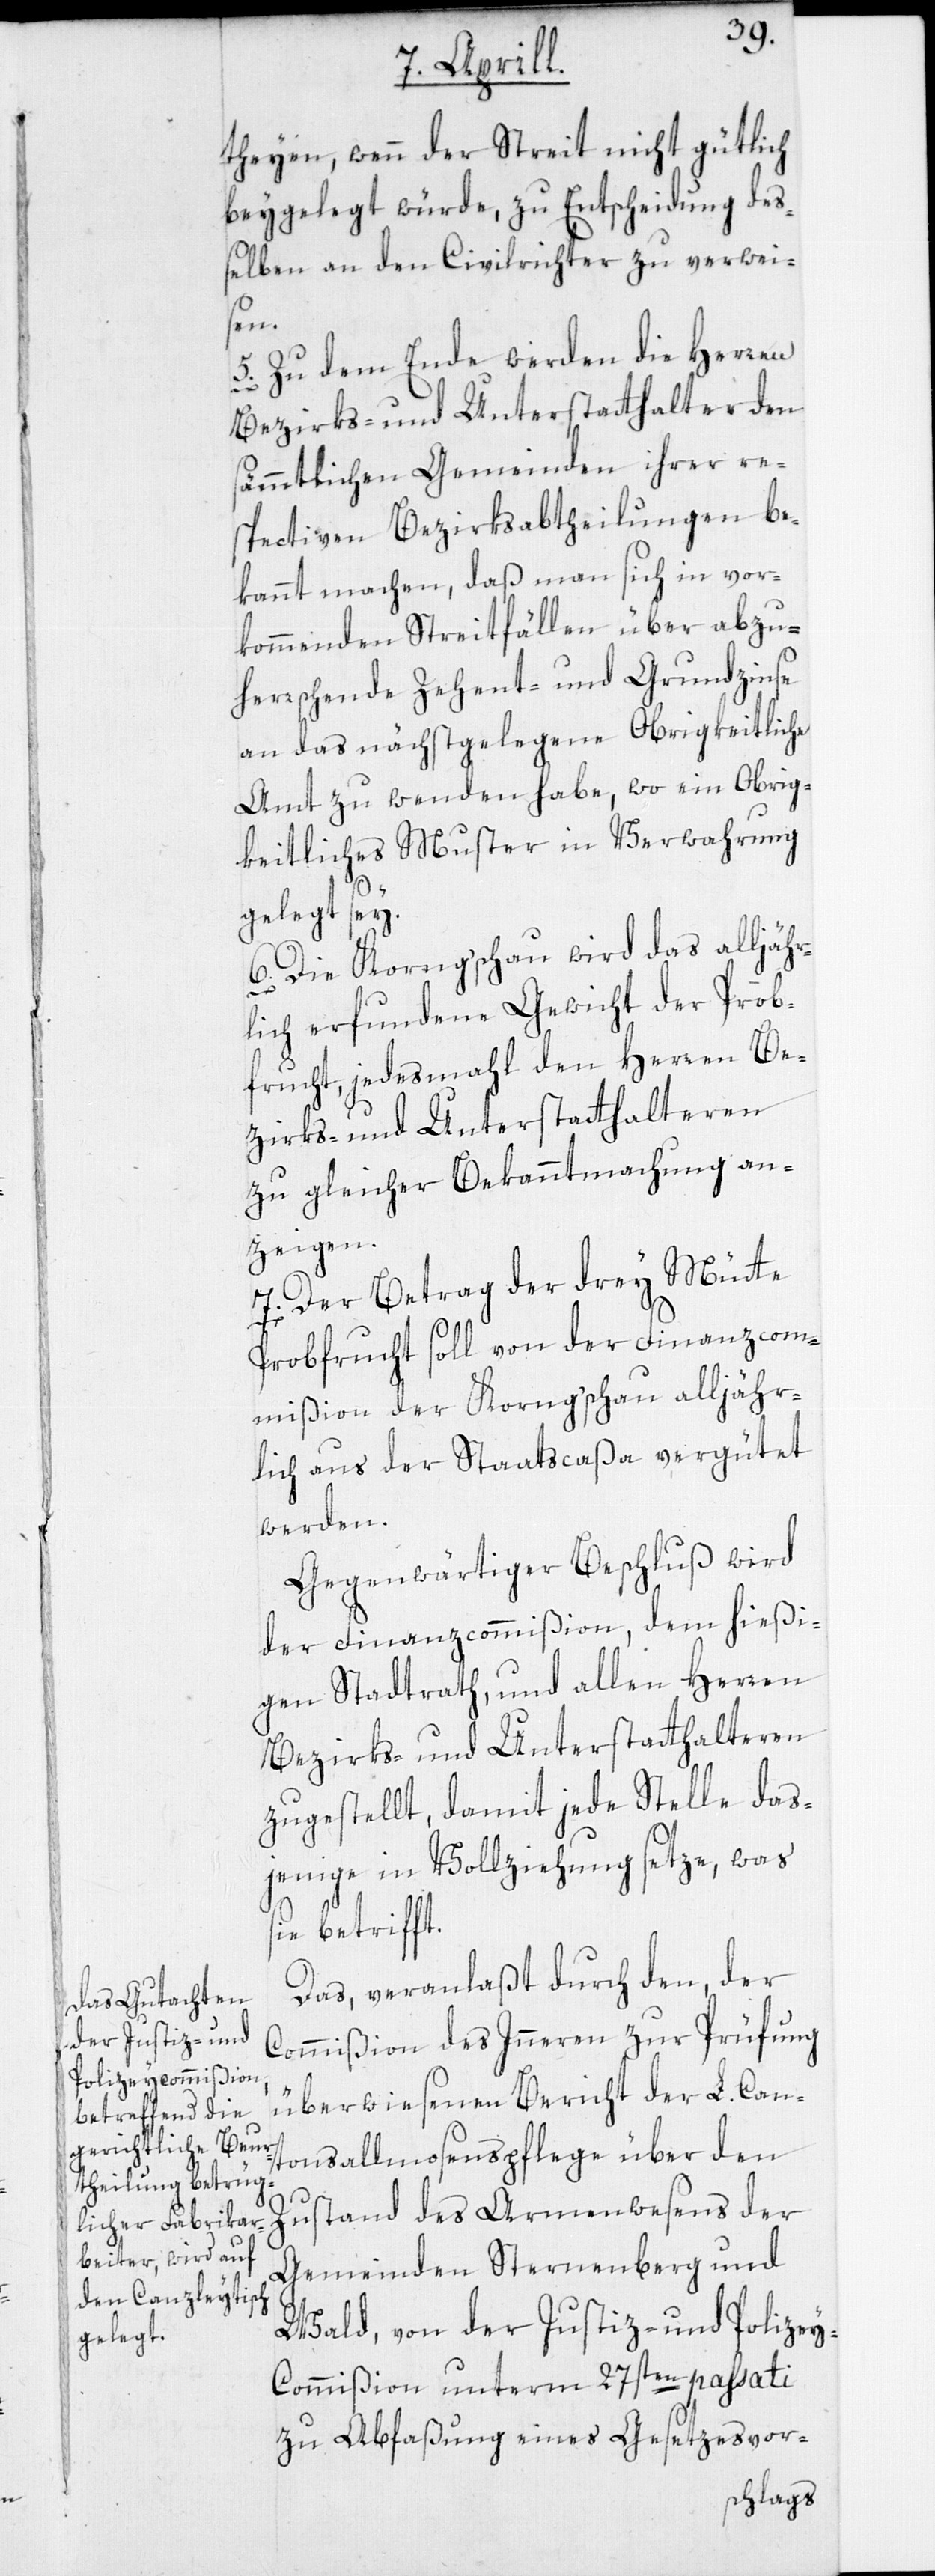
theyen, wenn der Streit nicht gütlich
beygelegt würde, zu Entscheidung des¬
selben an den Civilrichter zu verwei¬
sen.
Zu dem Ende werden die Herren
Bezirks- und Unterstatthalter den
sämmtlichen Gemeinden ihrer re¬
spectiven Bezirksabtheilungen be¬
kannt machen, daß man sich in vor¬
kommenden Streitfällen über abzu¬
herrschende Zehent- und Grundzinse
an das nächstgelegene Obrigkeitliche
Amt zu wenden habe, wo ein Obrig¬
keitliches Muster in Verwahrung
5.
gelegt sey.
6. Die Korng’schau wird das alljähr¬
lich erfundene Gewicht der Prob¬
frucht, jedesmahl den Herren Be¬
zirks- und Unterstatthalteren
zu gleicher Bekanntmachung an¬
zeigen.
7. Der Betrag der drey Mütte
Probfrucht soll von der Finanzcom¬
mißion der Korng’schau alljähr¬
lich aus der Staatscaßa vergütet
werden.
Gegenwärtiger Beschluß wird
der Finanzcommißion, dem hießi¬
gen Stadtrath, und allen Herren
Bezirks- und Unterstatthalteren
zugestellt, damit jede Stelle das¬
jenige in Vollziehung setze, was
sie betrifft.
Das, veranlaßt durch den, der
Commißion des Inneren zur Prüfung
überwiesenen Bericht der L. Cant¬
onsallmosenspflege über den
Zustand des Armenwesens der
Gemeinden Sternenberg und
Wald, von der Justiz- und Polize¬
y-Commißion unterm 27sten passati
zu Abfaßung eines Gesetzesvor-